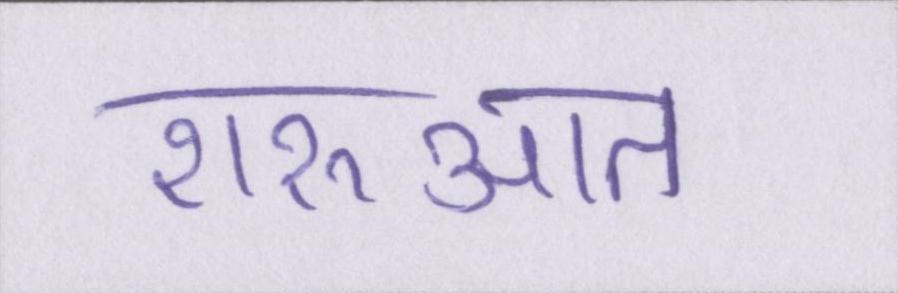
शरुआत